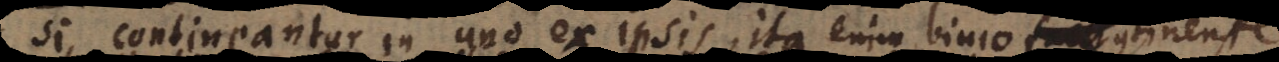
si contineantur in uno ex ipsis, ita enim binio coincidit